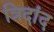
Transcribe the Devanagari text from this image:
त्रिदांद